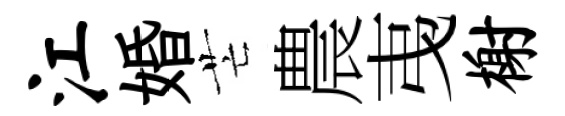
江婚芒農𢎯榭